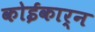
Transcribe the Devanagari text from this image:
कोईकार्न